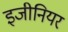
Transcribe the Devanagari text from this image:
इजीनियर